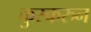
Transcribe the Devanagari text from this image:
कुस्करुन